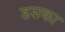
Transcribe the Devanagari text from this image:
डसका